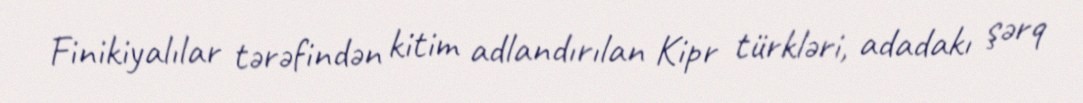
Finikiyalılar tərəfindən kitim adlandırılan Kipr türkləri, adadakı şərq